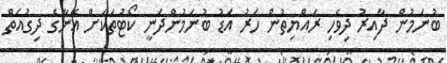
ބުނަމުން ދާއިރު ދިވެހި ރައްޔިތުން ހަރު އަޑު ބުނަމުންދަނީ ކޯޓުތަކަށް އޭނާގެ ދިގުއަތް